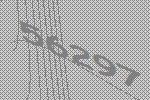
56297